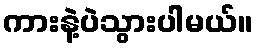
ကားနဲ့ပဲသွားပါမယ်။